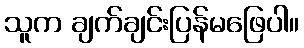
သူက ချက်ချင်းပြန်မဖြေပါ။